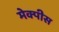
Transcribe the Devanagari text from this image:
मेक्पीस